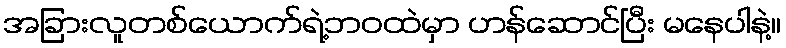
အခြားလူတစ်ယောက်ရဲ့ဘဝထဲမှာ ဟန်ဆောင်ပြီး မနေပါနဲ့။